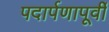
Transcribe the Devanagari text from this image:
पदार्पणापूर्वी